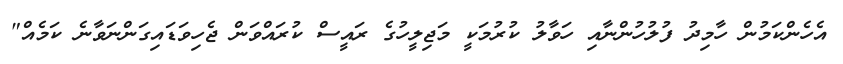
އެހެންކަމުން ހާމިދު ފުލުހުންނާއި ހަވާލު ކުރުމަކީ މަޖިލީހުގެ ރައީސް ކުރައްވަން ޖެހިވަޑައިގަންނަވާނެ ކަމެއް"